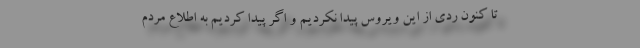
تا کنون ردی از این ویروس پیدا نکردیم و اگر پیدا کردیم به اطلاع مردم